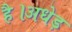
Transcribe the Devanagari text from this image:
है।अधेड़